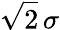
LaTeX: {\sqrt{2}}\, \sigma